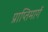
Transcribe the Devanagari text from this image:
प्राप्तिमार्ग